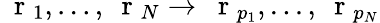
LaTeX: \mathrm{~\mathbf~r~}_{1},...,\mathrm{~\mathbf~r~}_{N}\to\mathrm{~\mathbf~r~}_{p_{1}},...,\mathrm{~\mathbf~r~}_{p_{N}}